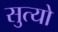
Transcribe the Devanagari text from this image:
सुत्यो